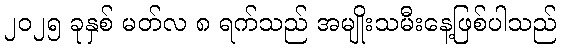
၂၀၂၅ ခုနှစ် မတ်လ ၈ ရက်သည် အမျိုးသမီးနေ့ဖြစ်ပါသည်